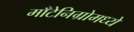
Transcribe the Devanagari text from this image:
माँटेनिग्रोमध्ये